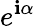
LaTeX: e^{\mathbf{i}\alpha}